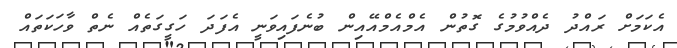
އެކަމަށް ރައްދު ދެއްވުމުގެ ގޮތުން އެމްއެމްއޭއިން ބުނެފައިވަނީ އެފަދަ ހަގީގަތެއް ނެތް ވާހަކަތައް